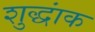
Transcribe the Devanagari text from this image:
शुद्धांक